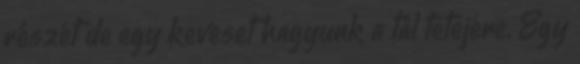
részét de egy keveset hagyunk a tál tetejére. Egy